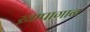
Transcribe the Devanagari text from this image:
ख़ापागान